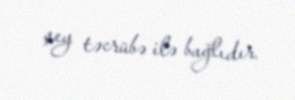
şey təcrübə ilə bağlıdır.